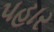
પહાર